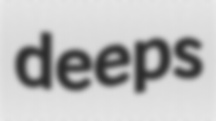
deeps